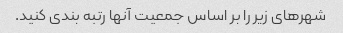
شهرهای زیر را بر اساس جمعیت آنها رتبه بندی کنید.